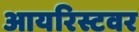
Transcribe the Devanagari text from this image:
आयरिस्टवर